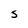
Character: S